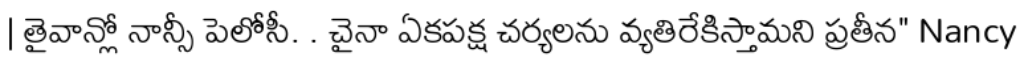
| తైవాన్లో నాన్సీ పెలోసీ. . చైనా ఏకపక్ష చర్యలను వ్యతిరేకిస్తామని ప్రతీన" Nancy